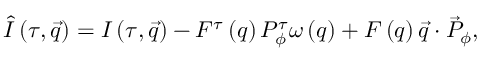
\hat { I } \left( \tau , \vec { q } \right) = I \left( \tau , \vec { q } \right) - F ^ { \tau } \left( q \right) P _ { \phi } ^ { \tau } \omega \left( q \right) + F \left( q \right) \vec { q } \cdot { \vec { P } } _ { \phi } ,